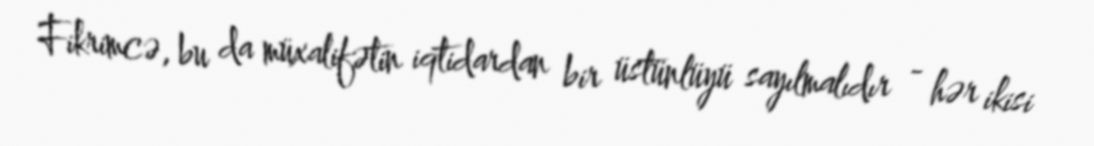
Fikrimcə, bu da müxalifətin iqtidardan bir üstünlüyü sayılmalıdır - hər ikisi